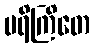
ပရိကြိတေ